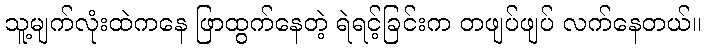
သူ့မျက်လုံးထဲကနေ ဖြာထွက်နေတဲ့ ရဲရင့်ခြင်းက တဖျပ်ဖျပ် လက်နေတယ်။